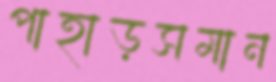
পাহাড়সমান